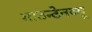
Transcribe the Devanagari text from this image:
माउन्टेनव्यू